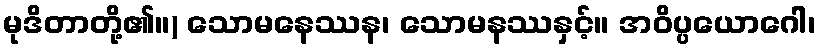
မုဒိတာတို့၏။) သောမနေဿန၊ သောမနဿနှင့်။ အဝိပ္ပယောဂေါ၊